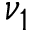
\nu _ { 1 }